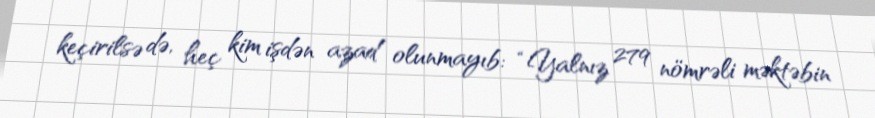
keçirilsə də, heç kim işdən azad olunmayıb: “Yalnız 279 nömrəli məktəbin